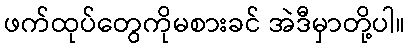
ဖက်ထုပ်တွေကိုမစားခင် အဲဒီမှာတို့ပါ။